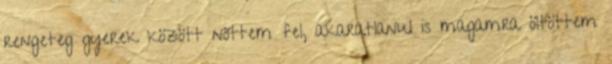
rengeteg gyerek között nőttem fel, akaratlanul is magamra öltöttem